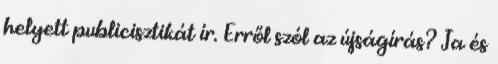
helyett publicisztikát ír. Erről szól az újságírás? Ja és